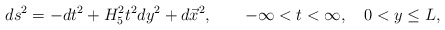
\begin{align*}ds^2 = -dt^2 +H_5^2 t^2 dy^2 +d\vec{x}^2, \qquad -\infty <t <\infty, \quad 0 <y \leq L,\end{align*}